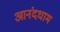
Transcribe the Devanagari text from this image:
आनंदधाम